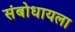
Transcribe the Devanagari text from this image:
संबोधायला